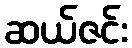
ဆယ်ဇင်း